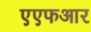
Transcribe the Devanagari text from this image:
एएफआर